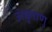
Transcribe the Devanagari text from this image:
अंकुराणु